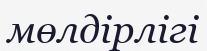
мөлдірлігі